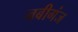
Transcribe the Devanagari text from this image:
नबीगंज